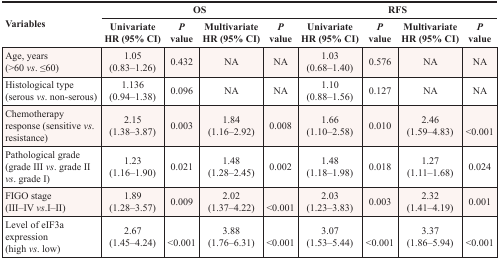
| <ROWSPAN=2> Variables | <COLSPAN=4> OS | <COLSPAN=4> RFS |
 | Univariate HR (95% CI) | P value | Multivariate HR (95% CI) | P value | Univariate HR (95% CI) | P value | Multivariate HR (95% CI) | P value |
 | --- | --- | --- | --- | --- | --- | --- | --- | --- |
 | Age, years (>60 vs. ≤60) | 1.05 (0.83–1.26) | 0.432 | NA | NA | 1.03 (0.68–1.40) | 0.576 | NA | NA |
 | Histological type (serous vs. non-serous) | 1.136 (0.94–1.38) | 0.096 | NA | NA | 1.10 (0.88–1.56) | 0.127 | NA | NA |
 | Chemotherapy response (sensitive vs. resistance) | 2.15 (1.38–3.87) | 0.003 | 1.84 (1.16–2.92) | 0.008 | 1.66 (1.10–2.58) | 0.010 | 2.46 (1.59–4.83) | <0.001 |
 | Pathological grade (grade III vs. grade II vs. grade I) | 1.23 (1.16–1.90) | 0.021 | 1.48 (1.28–2.45) | 0.002 | 1.48 (1.18–1.98) | 0.018 | 1.27 (1.11–1.68) | 0.024 |
 | FIGO stage (III–IV vs.I–II) | 1.89 (1.28–3.57) | 0.009 | 2.02 (1.37–4.22) | <0.001 | 2.03 (1.23–3.83) | 0.003 | 2.32 (1.41–4.19) | 0.001 |
 | Level of eIF3a expression (high vs. low) | 2.67 (1.45–4.24) | <0.001 | 3.88 (1.76–6.31) | <0.001 | 3.07 (1.53–5.44) | <0.001 | 3.37 (1.86–5.94) | <0.001 |